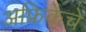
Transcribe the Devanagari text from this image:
अफ्रिकेचे